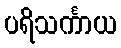
ပရိသင်္ကာယ